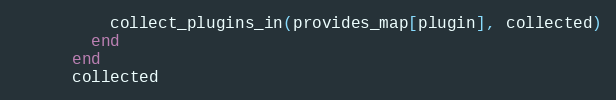
Language: Ruby
          collect_plugins_in(provides_map[plugin], collected)
        end
      end
      collected